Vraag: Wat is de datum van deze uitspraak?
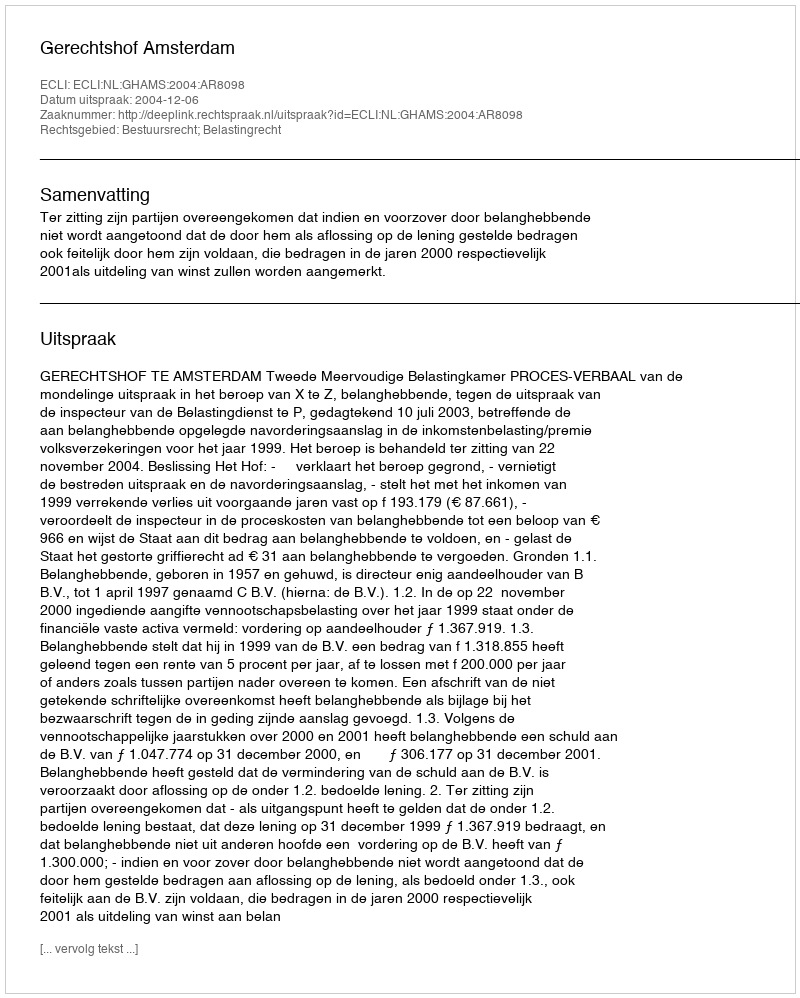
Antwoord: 2004-12-06